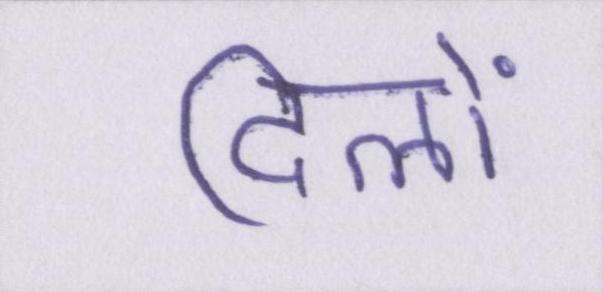
दिलों